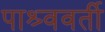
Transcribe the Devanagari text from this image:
पाश्र्ववर्ती